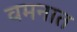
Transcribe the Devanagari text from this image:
वमनात